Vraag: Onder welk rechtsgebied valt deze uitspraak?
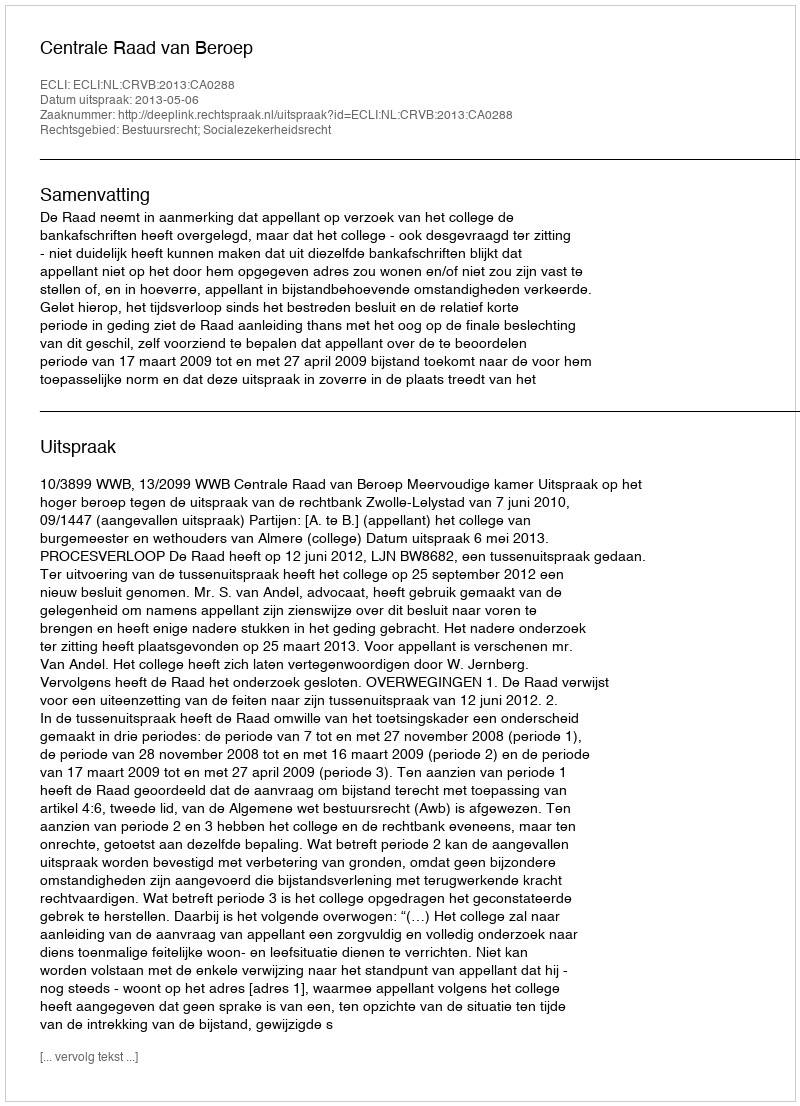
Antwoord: Bestuursrecht; Socialezekerheidsrecht